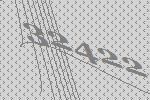
32422